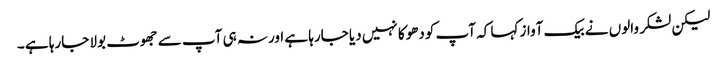
لیکن لشکر والوں نے بیک آواز کہا کہ آپ کودھوکا نہیں دیا جارہا ہے اورنہ ہی آپ سے جھوٹ بولا جارہا ہے ۔